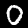
Digit: 0